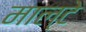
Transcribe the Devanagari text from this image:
माल्टे